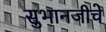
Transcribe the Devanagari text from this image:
सुभानजीचे